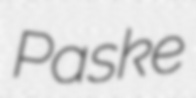
Paske